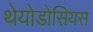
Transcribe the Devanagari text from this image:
थेयोडोसियस